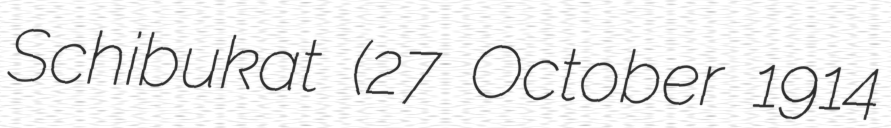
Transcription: Schibukat (27 October 1914